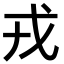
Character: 戎